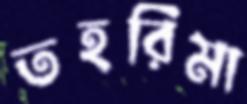
তহরিমা